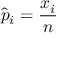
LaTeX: { \hat { p } } _ { i } = { \frac { x _ { i } } { n } }